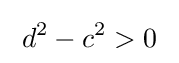
\;d^{2}-c^{2}>0\;